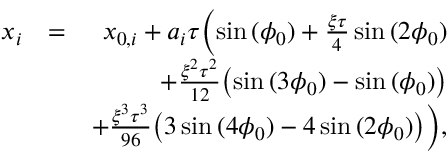
\begin{array} { r l r } { x _ { i } } & { = } & { x _ { 0 , i } + a _ { i } \tau \biggl ( \sin { ( \phi _ { 0 } ) } + \frac { \xi \tau } { 4 } \sin { ( 2 \phi _ { 0 } ) } } \\ & { } & { + \frac { \xi ^ { 2 } \tau ^ { 2 } } { 1 2 } \bigl ( \sin { ( 3 \phi _ { 0 } ) } - \sin { ( \phi _ { 0 } ) } \bigl ) } \\ & { } & { + \frac { \xi ^ { 3 } \tau ^ { 3 } } { 9 6 } \bigl ( 3 \sin { ( 4 \phi _ { 0 } ) } - 4 \sin { ( 2 \phi _ { 0 } ) } \bigl ) \biggl ) , } \end{array}